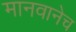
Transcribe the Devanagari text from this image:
मानवानेच